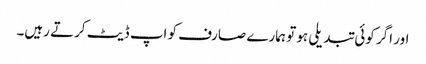
اور اگر کوئی تبدیلی ہو تو ہمارے صارف کو اپ ڈیٹ کرتے رہیں۔